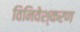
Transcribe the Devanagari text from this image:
विनिवेश्करण